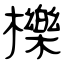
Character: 櫟